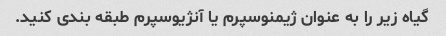
گیاه زیر را به عنوان ژیمنوسپرم یا آنژیوسپرم طبقه بندی کنید.